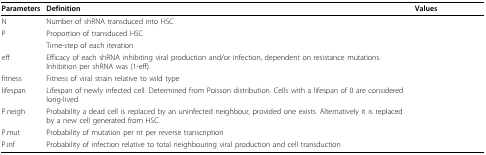
<table><thead><tr><td><b>Parameters</b></td><td><b>Definition</b></td><td><b>Values</b></td></tr></thead><tbody><tr><td>N</td><td>Number of shRNA transduced into HSC</td><td>[EMPTY_CELL]</td></tr><tr><td>P</td><td>Proportion of transduced HSC</td><td>[EMPTY_CELL]</td></tr><tr><td>[EMPTY_CELL]</td><td>Time-step of each iteration</td><td>[EMPTY_CELL]</td></tr><tr><td>eff</td><td>Efficacy of each shRNA inhibiting viral production and/or infection, dependent on resistance mutations. Inhibition per shRNA was (1-eff).</td><td>[EMPTY_CELL]</td></tr><tr><td>fitness</td><td>Fitness of viral strain relative to wild type</td><td>[EMPTY_CELL]</td></tr><tr><td>lifespan</td><td>Lifespan of newly infected cell. Determined from Poisson distribution. Cells with a lifespan of 0 are considered long-lived.</td><td>[EMPTY_CELL]</td></tr><tr><td>P.neigh</td><td>Probability a dead cell is replaced by an uninfected neighbour, provided one exists. Alternatively it is replaced by a new cell generated from HSC.</td><td>[EMPTY_CELL]</td></tr><tr><td>P.mut</td><td>Probability of mutation per nt per reverse transcription</td><td>[EMPTY_CELL]</td></tr><tr><td>P.inf</td><td>Probability of infection relative to total neighbouring viral production and cell transduction</td><td>[EMPTY_CELL]</td></tr></tbody></table>